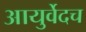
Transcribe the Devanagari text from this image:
आयुर्वेदच